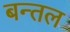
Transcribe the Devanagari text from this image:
बन्तल